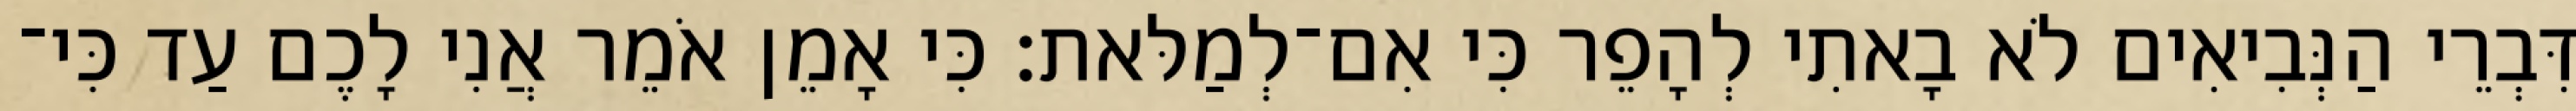
דִּבְרֵי הַנְּבִיאִים לֹא בָאתִי לְהָפֵר כִּי אִם־לְמַלּאת׃ כִּי אָמֵן אֹמֵר אֲנִי לָכֶם עַד כִּי־